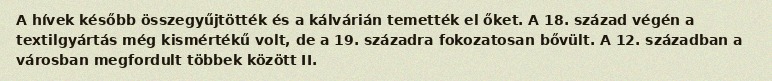
A hívek később összegyűjtötték és a kálvárián temették el őket. A 18. század végén a textilgyártás még kismértékű volt, de a 19. századra fokozatosan bővült. A 12. században a városban megfordult többek között II.